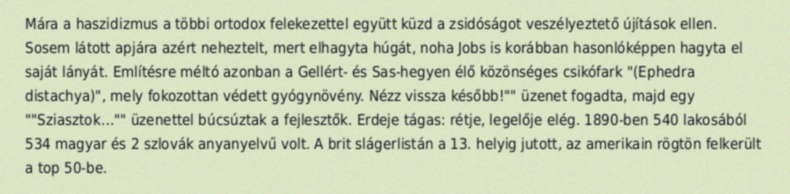
Mára a haszidizmus a többi ortodox felekezettel együtt küzd a zsidóságot veszélyeztető újítások ellen. Sosem látott apjára azért neheztelt, mert elhagyta húgát, noha Jobs is korábban hasonlóképpen hagyta el saját lányát. Említésre méltó azonban a Gellért- és Sas-hegyen élő közönséges csikófark "(Ephedra distachya)", mely fokozottan védett gyógynövény. Nézz vissza később!"" üzenet fogadta, majd egy ""Sziasztok…"" üzenettel búcsúztak a fejlesztők. Erdeje tágas: rétje, legelője elég. 1890-ben 540 lakosából 534 magyar és 2 szlovák anyanyelvű volt. A brit slágerlistán a 13. helyig jutott, az amerikain rögtön felkerült a top 50-be.